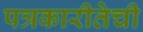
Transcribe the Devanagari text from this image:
पत्रकारीतेची